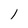
Character: l